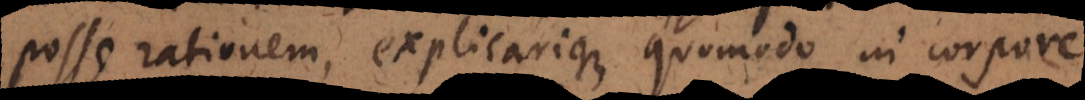
posse rationem, explicarique quomodo in corpore